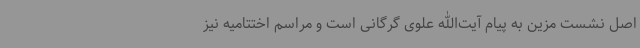
اصل نشست مزین به پیام آیت‌الله علوی گرگانی است و مراسم اختتامیه نیز